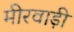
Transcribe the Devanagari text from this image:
मीरवाड़ी